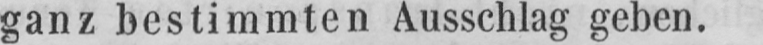
ganz bestimmten Ausschlag geben.